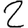
Digit: 2